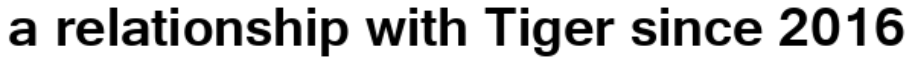
a relationship with Tiger since 2016